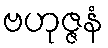
ဗဟုဇ္ဇနံ